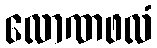
လောဏဖလံ